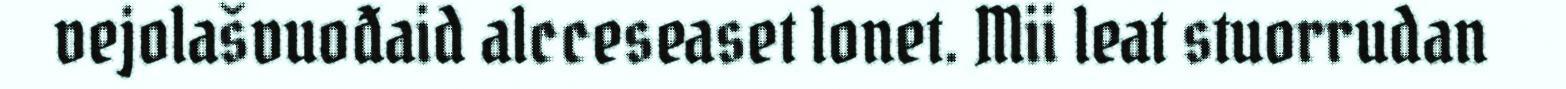
vejolašvuođaid alcceseaset lonet. Mii leat stuorrudan